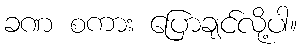
ခဏ စကား ပြောချင်လို့ပါ။